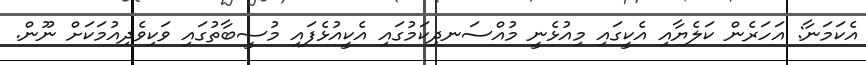
އެކަމަނާ: އަހަރެން ކަލެޔާއި އެކީގައި މިއުޅެނީ މުއްސަނދިކަމުގައި އެކީއުޅެފައި މުސީބާތުގައި ވަކިވެދިއުމަކަށް ނޫން.